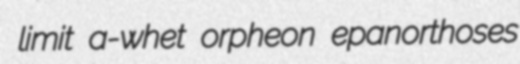
limit a-whet orpheon epanorthoses